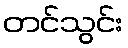
တင်သွင်း